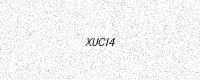
Text: XUCI4